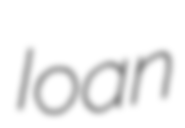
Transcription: Ioan